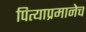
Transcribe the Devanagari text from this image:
पित्याप्रमानेच